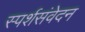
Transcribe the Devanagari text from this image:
स्पर्शसंवेदन